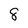
Character: 8